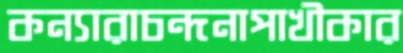
কন্যারাচন্দনাপাখীকার